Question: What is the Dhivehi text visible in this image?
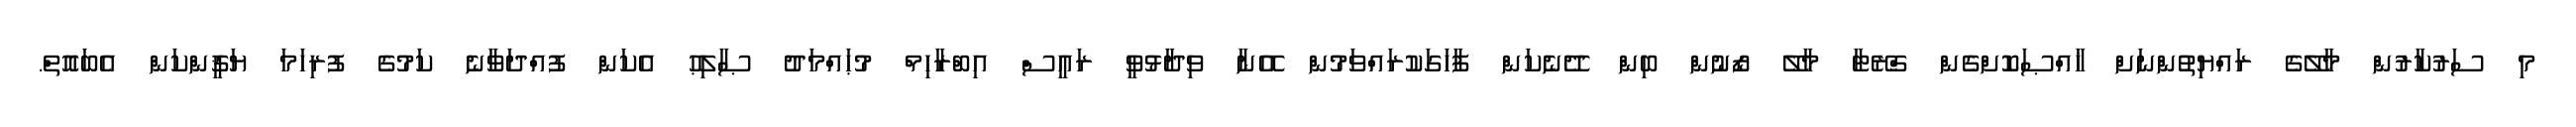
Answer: މި ސަރުކާރުން މާލޭގެ ރައްޔިތުންނަށް ޚާއްޞަކޮށްގެން ގްރޭޓާ މާލޭ ޒޯނުން ބިން ދޭނެކަން ފާހަގަކުރައްވަމުން އޭނާ ވިދާޅުވީ ރައީސް އިބްރާހިމް މުޙައްމަދު ޞާލިޙު އެކަން ފުއްދަވާނެ ކަމުގެ ފުރިހަމަ ޔަޤީންކަން އެބައޮތް.